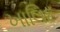
ખાલિદ